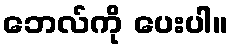
ဘေလ်ကို ပေးပါ။